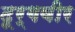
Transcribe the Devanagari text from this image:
दूर्गवीर